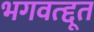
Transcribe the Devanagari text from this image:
भगवत्द्दूत